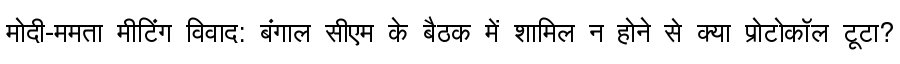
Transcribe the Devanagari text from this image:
मोदी-ममता मीटिंग विवाद: बंगाल सीएम के बैठक में शामिल न होने से क्या प्रोटोकॉल टूटा?